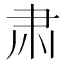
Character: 肃